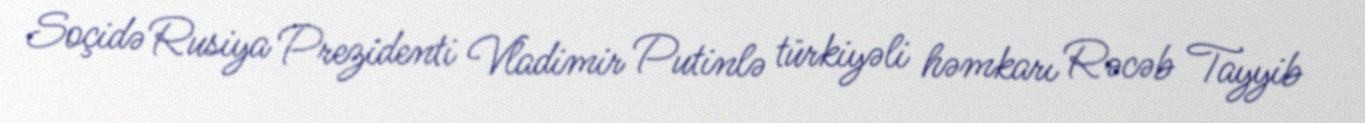
Soçidə Rusiya Prezidenti Vladimir Putinlə türkiyəli həmkarı Rəcəb Tayyib